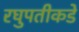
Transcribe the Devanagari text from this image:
रघुपतीकडे